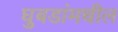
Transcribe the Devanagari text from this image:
घुबडांमधील